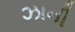
ઝાની